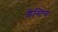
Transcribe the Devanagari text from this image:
डेस्टिंग